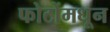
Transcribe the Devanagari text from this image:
फोटोंमधून